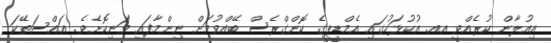
އިއުލާން ކުރެއްވީ އއ. އުކުޅަހުގައި އެމްޑީޕީގެ ކޮންގްރެސް ބޭއްވުމަށް ނިންމާފައި ވަނިކޮށެވެ. އައްސަތޭކަ